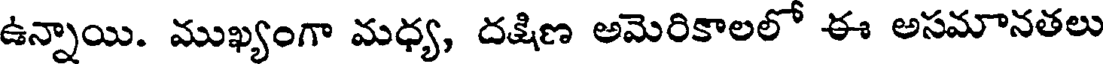
ఉన్నాయి. ముఖ్యంగా మధ్య, దక్షిణ అమెరికాలలో ఈ అసమానతలు